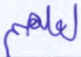
لعلهم